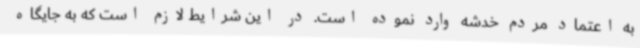
به اعتماد مردم خدشه وارد نموده است. در این شرایط لازم است که به جایگاه